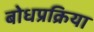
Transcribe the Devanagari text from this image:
बोधप्रक्रिया